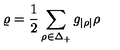
\varrho = { \frac { 1 } { 2 } } \sum _ { \rho \in \Delta _ { + } } g _ { | \rho | } \rho